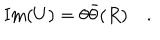
\mathrm { I m } ( U ) = \theta \bar { \theta } ( R ) \quad .